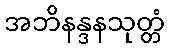
အဘိနန္ဒနသုတ္တံ